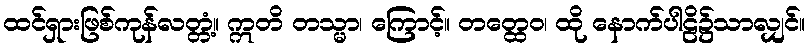
ထင်ရှားဖြစ်ကုန်လတ္တံ့။ ဣတိ တသ္မာ၊ ကြောင့်။ တတ္ထေဝ၊ ထို နောက်ပါဠိ၌သာလျှင်။